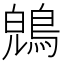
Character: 𪁤